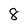
Character: 8